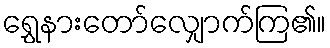
ရွှေနားတော်လျှောက်ကြ၏။